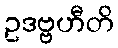
ဥဒဗ္ဗဟီတိ